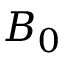
B _ { 0 }